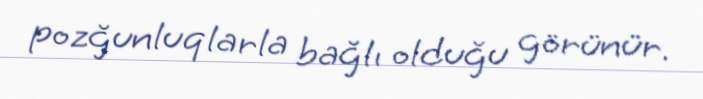
pozğunluqlarla bağlı olduğu görünür.